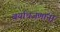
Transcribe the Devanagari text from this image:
बर्याचजणांना